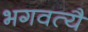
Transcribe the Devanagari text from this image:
भगवत्यै